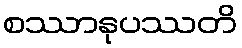
စဿာနုပဿတိ